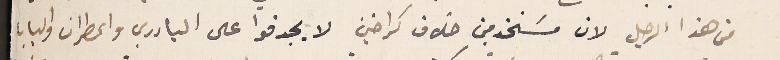
من هذا الرجل لان مسَتخدمين خلاف كراخين لا يجدفوا على البادري والمطران والبابا